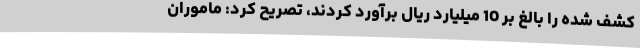
کشف شده را بالغ بر 10 میلیارد ریال برآورد کردند، تصریح کرد: ماموران